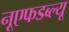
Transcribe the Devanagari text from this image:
नूएफडब्ल्यू